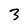
Character: 3